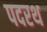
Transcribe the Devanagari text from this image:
पदरथ